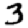
Digit: 3